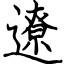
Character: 遼